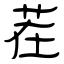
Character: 茬